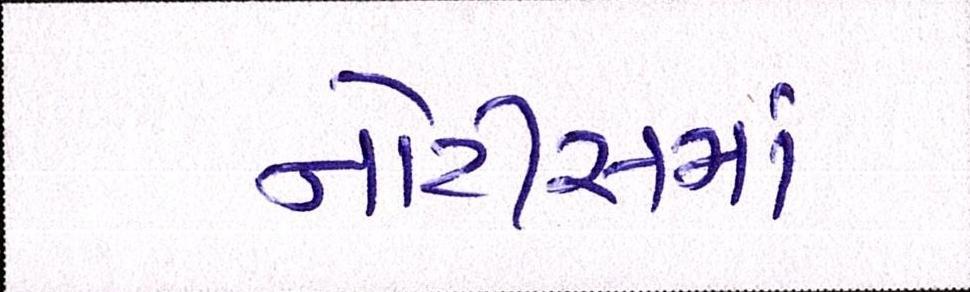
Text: નોટીસમાં